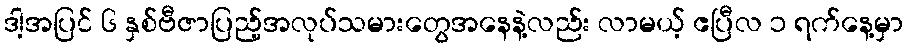
ဒါ့အပြင် ၆ နှစ်ဗီဇာပြည့်အလုပ်သမားတွေအနေနဲ့လည်း လာမယ့် ဧပြီလ ၁ ရက်နေ့မှာ